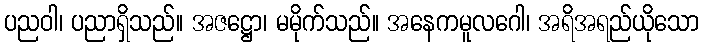
ပညဝါ၊ ပညာရှိသည်။ အဇဋ္ဌော၊ မမိုက်သည်။ အနေကမူလဂေါ၊ အရိအရည်ယိုသော